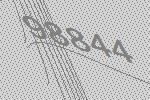
98844